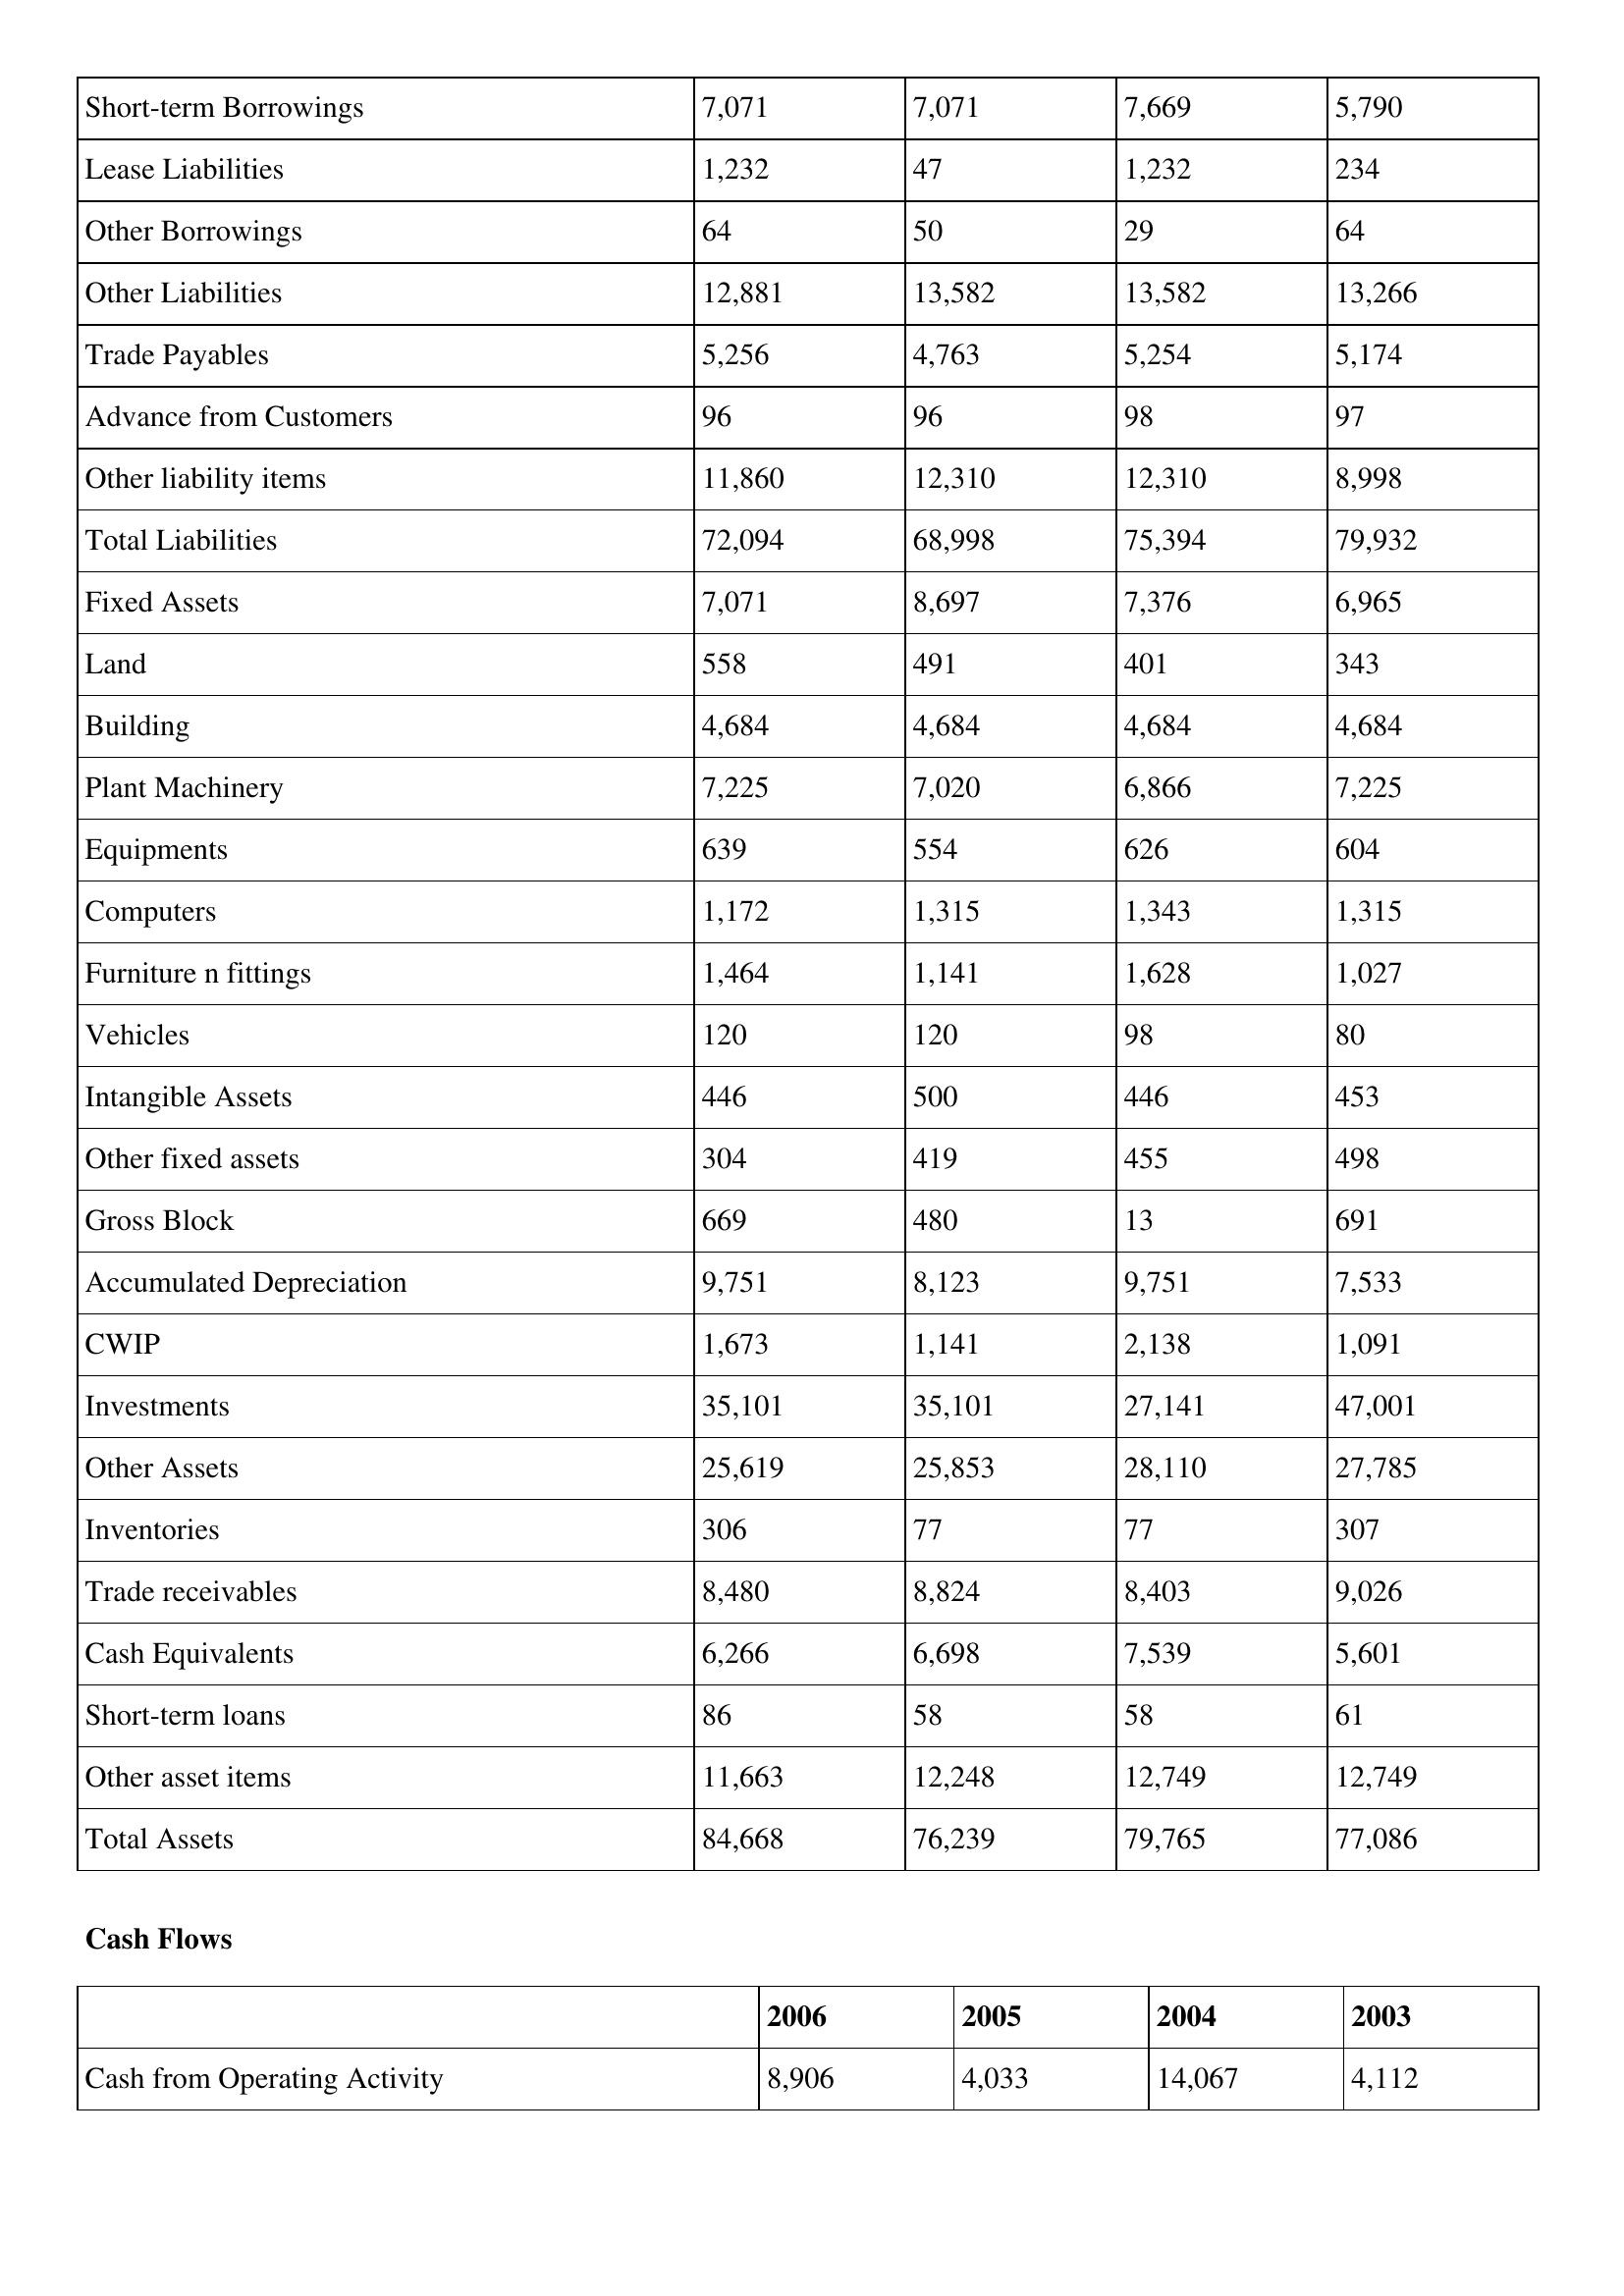
gt_parse: 2006: Balance Sheet: Short-term Borrowings: 7,071
Lease Liabilities: 1,232
Other Borrowings: 64
Other Liabilities: 12,881
Trade Payables: 5,256
Advance from Customers: 96
Other liability items: 11,860
Total Liabilities: 72,094
Fixed Assets: 7,071
Land: 558
Building: 4,684
Plant Machinery: 7,225
Equipments: 639
Computers: 1,172
Furniture n fittings: 1,464
Vehicles: 120
Intangible Assets: 446
Other fixed assets: 304
Gross Block: 669
Accumulated Depreciation: 9,751
CWIP: 1,673
Investments: 35,101
Other Assets: 25,619
Inventories: 306
Trade receivables: 8,480
Cash Equivalents: 6,266
Short-term loans: 86
Other asset items: 11,663
Total Assets: 84,668
Cash Flows: Cash from Operating Activity: 8,906
2005: Balance Sheet: Short-term Borrowings: 7,071
Lease Liabilities: 47
Other Borrowings: 50
Other Liabilities: 13,582
Trade Payables: 4,763
Advance from Customers: 96
Other liability items: 12,310
Total Liabilities: 68,998
Fixed Assets: 8,697
Land: 491
Building: 4,684
Plant Machinery: 7,020
Equipments: 554
Computers: 1,315
Furniture n fittings: 1,141
Vehicles: 120
Intangible Assets: 500
Other fixed assets: 419
Gross Block: 480
Accumulated Depreciation: 8,123
CWIP: 1,141
Investments: 35,101
Other Assets: 25,853
Inventories: 77
Trade receivables: 8,824
Cash Equivalents: 6,698
Short-term loans: 58
Other asset items: 12,248
Total Assets: 76,239
Cash Flows: Cash from Operating Activity: 4,033
2004: Balance Sheet: Short-term Borrowings: 7,669
Lease Liabilities: 1,232
Other Borrowings: 29
Other Liabilities: 13,582
Trade Payables: 5,254
Advance from Customers: 98
Other liability items: 12,310
Total Liabilities: 75,394
Fixed Assets: 7,376
Land: 401
Building: 4,684
Plant Machinery: 6,866
Equipments: 626
Computers: 1,343
Furniture n fittings: 1,628
Vehicles: 98
Intangible Assets: 446
Other fixed assets: 455
Gross Block: 13
Accumulated Depreciation: 9,751
CWIP: 2,138
Investments: 27,141
Other Assets: 28,110
Inventories: 77
Trade receivables: 8,403
Cash Equivalents: 7,539
Short-term loans: 58
Other asset items: 12,749
Total Assets: 79,765
Cash Flows: Cash from Operating Activity: 14,067
2003: Balance Sheet: Short-term Borrowings: 5,790
Lease Liabilities: 234
Other Borrowings: 64
Other Liabilities: 13,266
Trade Payables: 5,174
Advance from Customers: 97
Other liability items: 8,998
Total Liabilities: 79,932
Fixed Assets: 6,965
Land: 343
Building: 4,684
Plant Machinery: 7,225
Equipments: 604
Computers: 1,315
Furniture n fittings: 1,027
Vehicles: 80
Intangible Assets: 453
Other fixed assets: 498
Gross Block: 691
Accumulated Depreciation: 7,533
CWIP: 1,091
Investments: 47,001
Other Assets: 27,785
Inventories: 307
Trade receivables: 9,026
Cash Equivalents: 5,601
Short-term loans: 61
Other asset items: 12,749
Total Assets: 77,086
Cash Flows: Cash from Operating Activity: 4,112